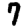
Digit: 7